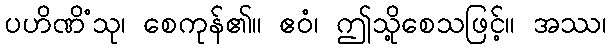
ပဟိဏိံသု၊ စေကုန်၏။ ဧဝံ၊ ဤသို့စေသဖြင့်။ အဿ၊